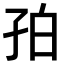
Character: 𪦺